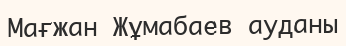
Мағжан Жұмабаев ауданы